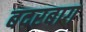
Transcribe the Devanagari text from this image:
बदरबाग